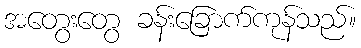
အတွေးတွေ ခန်းခြောက်ကုန်သည်။